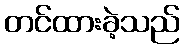
တင်ထားခဲ့သည်